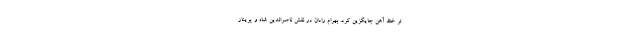
تر خط آهن جایگزین کرد. بهرام رادان در نقش ناصرالدین شاه و پریناز